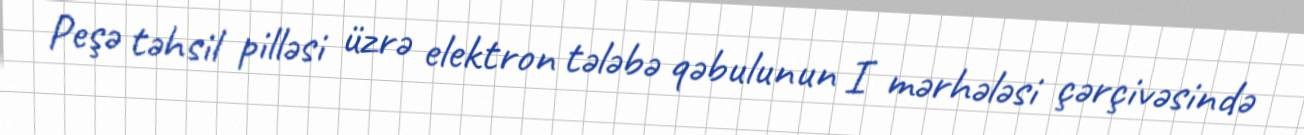
Peşə təhsil pilləsi üzrə elektron tələbə qəbulunun I mərhələsi çərçivəsində